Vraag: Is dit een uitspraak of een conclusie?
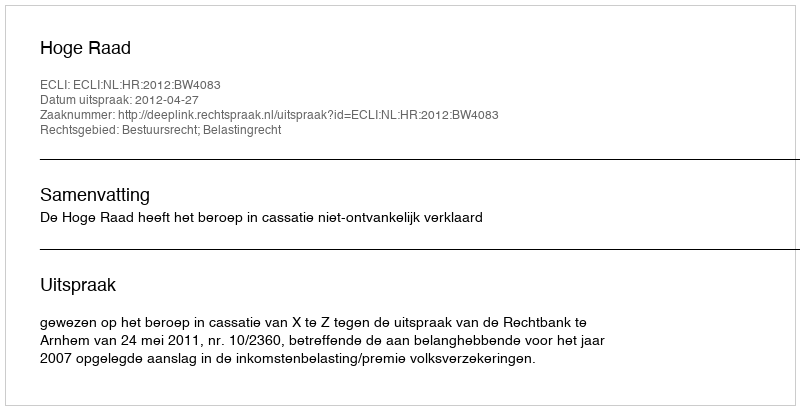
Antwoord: Uitspraak